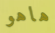
هاهو